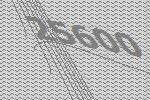
25600